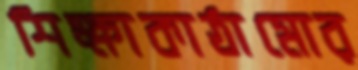
শিক্ষাকাঠামোর